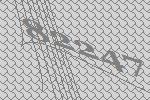
82247